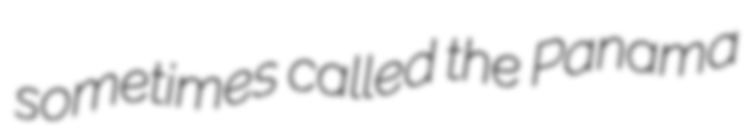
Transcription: sometimes called the Panama